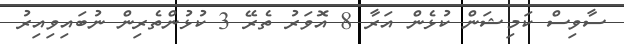
ސާވިސް ކަމިޝަން ކުޅެން އަރާ 8 އޮވަރު ތެރޭ 3 ކުޅުންތެރިން ނުބައިވިއިރު